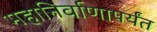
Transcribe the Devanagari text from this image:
महानिर्वाणापर्यंत